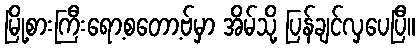
မြို့စားကြီးရော့စတော့ဗ်မှာ အိမ်သို့ ပြန်ချင်လှပေပြီ။